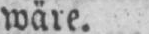
wäre.